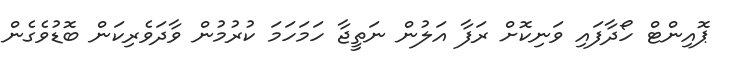
ޕޮއިންޓް ހޯދާފައި ވަނިކޮށް ރަފާ އަލުން ނަތީޖާ ހަމަހަމަ ކުރުމުން ވާދަވެރިކަން ބޮޑުވެގެން